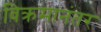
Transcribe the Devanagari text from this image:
विक्रमानंतर